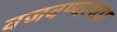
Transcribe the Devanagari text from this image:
वजवण्याच्या